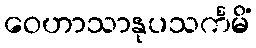
ဝေဟာသာနုပသင်္ကမိံ